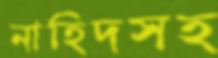
নাহিদসহ